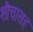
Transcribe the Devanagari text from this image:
शौचासह